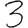
Digit: 3